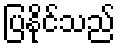
ပြနိုင်သည်